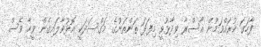
ފާހަގަ ކުރައްވަމުން އާސްރާ ވިދާޅުވީ މިފަދަ ތަންތަނުގެ މަގްސަދަކީ އޮޅުވާލައިގެން ވީހާ ވެސް